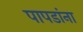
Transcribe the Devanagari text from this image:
पापडांना